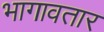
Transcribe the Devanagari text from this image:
भागावतार